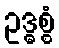
ဥဒ္ဓစ္စံ